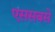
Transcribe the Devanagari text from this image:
एससबसे